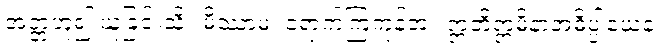
အတ္တဟူ၍ ယူခြင်းသို့။ မိဿာမ၊ ရောက်ကြကုန်အံ့။ ဣတိဣမိနာအဓိပ္ပါယေန၊